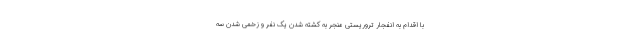
با اقدام به انفجار تروریستی منجر به کشته شدن یک نفر و زخمی شدن سه